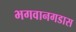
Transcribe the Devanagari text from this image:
भगवानगडास